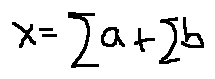
x = \sum a + \sum b